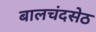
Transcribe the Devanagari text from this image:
बालचंदसेठ